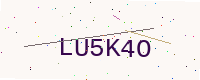
Text: LU5K4O